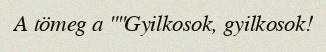
A tömeg a ""Gyilkosok, gyilkosok!